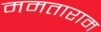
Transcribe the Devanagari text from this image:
ममताराम